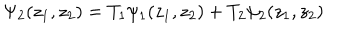
\Psi _ { 2 } ( z _ { 1 } , z _ { 2 } ) = T _ { 1 } \psi _ { 1 } ( z _ { 1 } , z _ { 2 } ) + T _ { 2 } \psi _ { 2 } ( z _ { 1 } , z _ { 2 } )